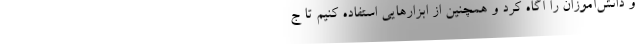
و دانش‌آموزان را آگاه کرد و همچنین از ابزارهایی استفاده کنیم تا ج